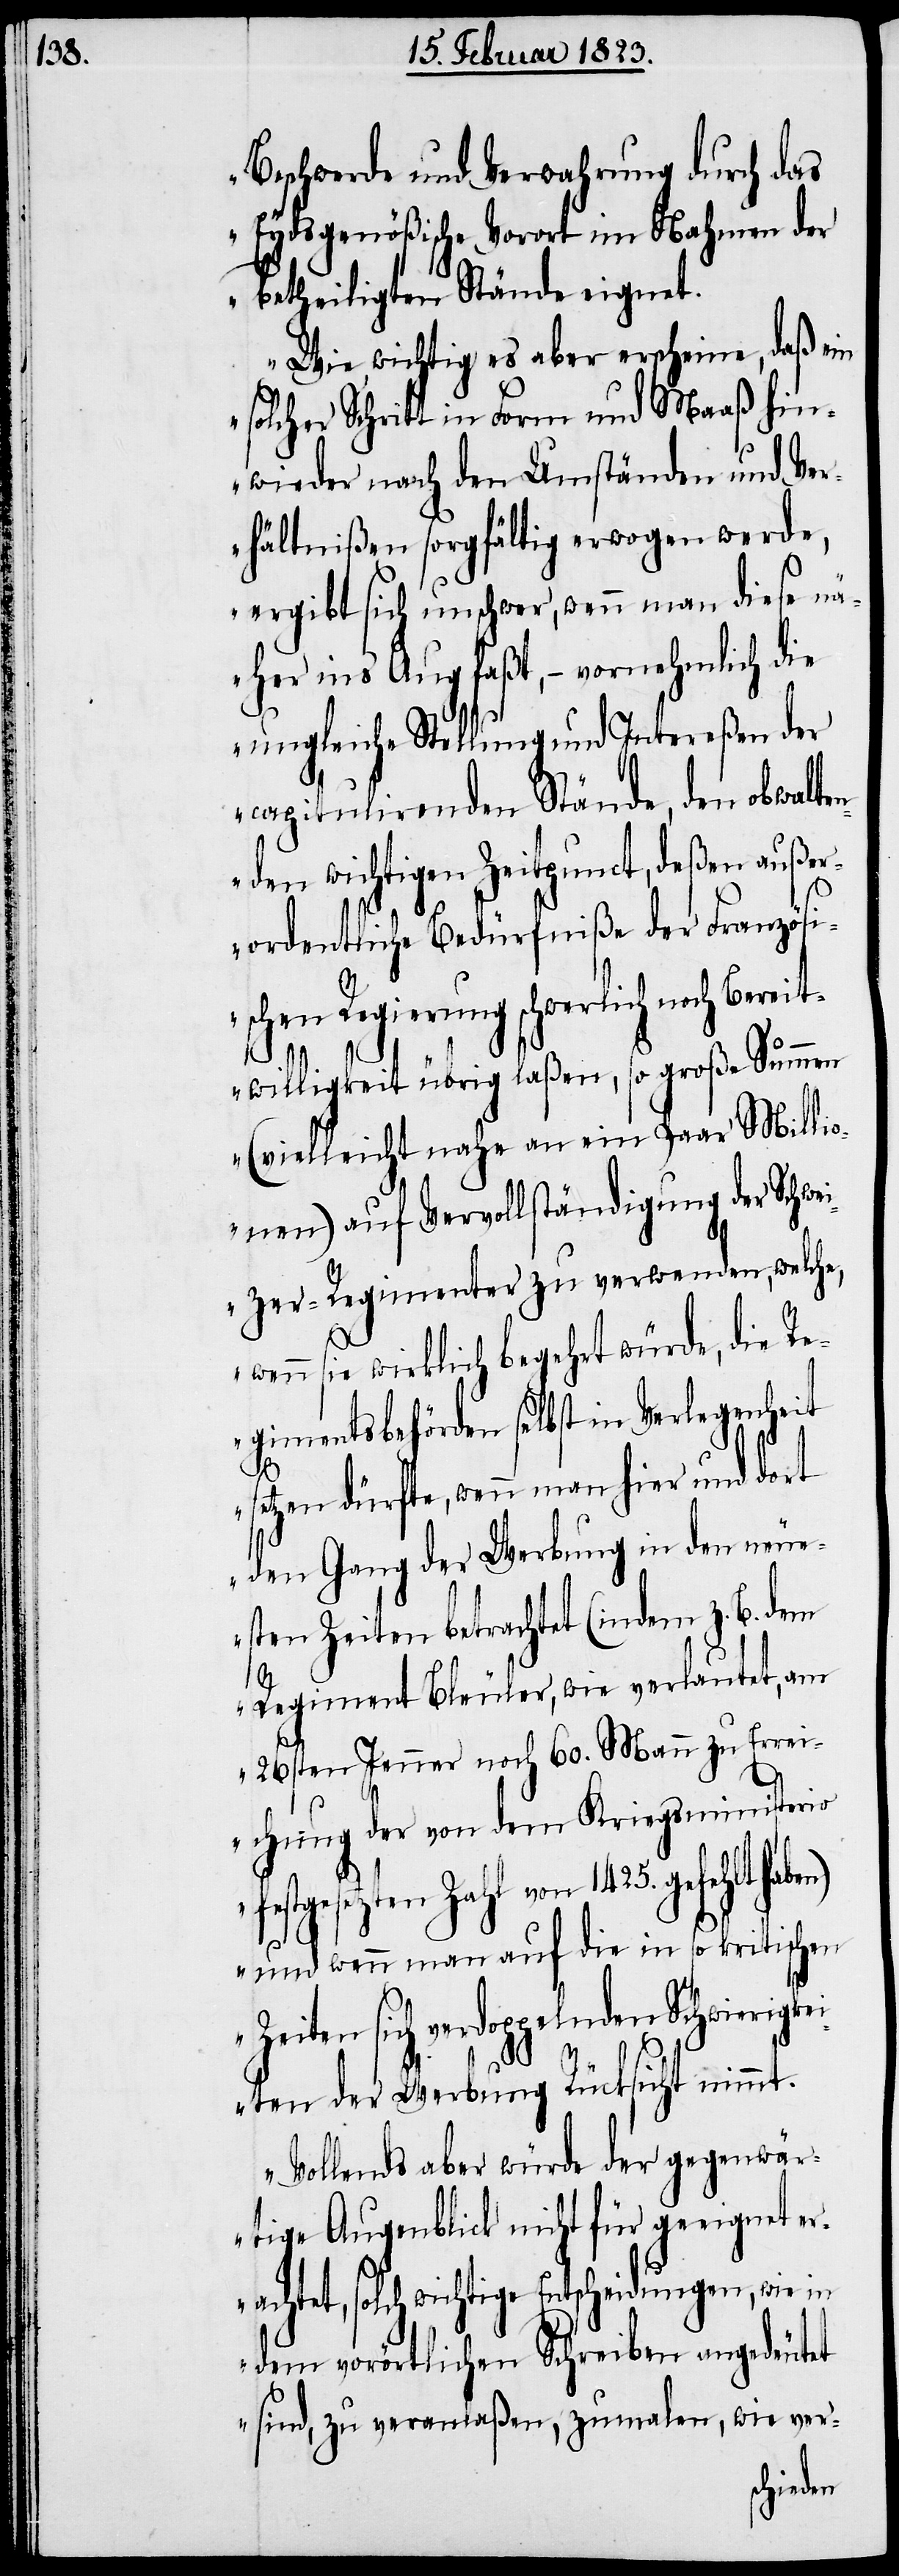
1425.

Beschwerde und Verwahrung durch das
Eydsgenößische Vorort im Nahmen der
betheiligten Stände eignet.
Wie wichtig es aber erscheine, daß ein
solcher Schritt in Form und Maaß hin¬
wieder nach den Umständen und Ver¬
hältnißen sorgfältig erwogen werde,
ergibt sich unschwer, wenn man diese nä¬
her ins Aug faßt, – vornehmlich die
ungleiche Stellung und Intereßen der
capitulirenden Stände, den obwalte¬
nden wichtigen Zeitpunct, deßen auße¬
rordentliche Bedürfniße der Französi¬
Z¬
schen Regierung schwerlich noch Bereit¬
willigkeit übrig laßen, so große Summen
(vielleicht nahe an ein Paar Millio¬
nen) auf Vervollständigung der Schwe¬
izer-Regimenter zu verwenden, welche,
wenn sie wirklich begehrt würde, die Re¬
gimentsbehörden selbst in Verlegenheit
setzen dürfte, wenn man hier und dort
den Gang der Werbung in den neue¬
sten Zeiten betrachtet (indem z. B. dem
Regiment Bleuler, wie verlautet, am
26sten Jenner noch 60. Mann zu Errei¬
chung der von dem Kriegsministerio
festgesetzten Zahl von
und wenn man auf die in so kritischen
eiten sich verdoppelnden Schwierigk¬
eiten der Werbung Rücksicht nimmt.
Vollends aber würde der gegenwär¬
tige Augenblick nicht für geeignet e¬
rachtet, solch wichtige Entscheidungen, wie in
dem vorörtlichen Schreiben angedeutet
sind, zu veranlaßen, zumalen, wie ver-